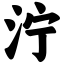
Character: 泞